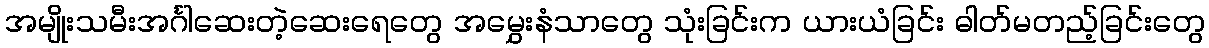
အမျိုးသမီးအင်္ဂါဆေးတဲ့ဆေးရေတွေ အမွှေးနံသာတွေ သုံးခြင်းက ယားယံခြင်း ဓါတ်မတည့်ခြင်းတွေ